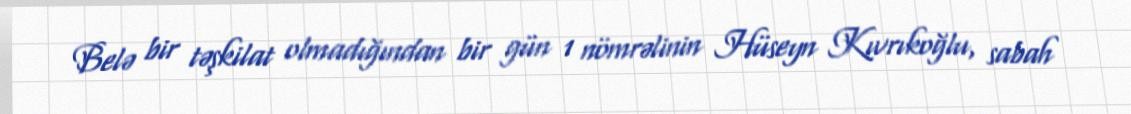
Belə bir təşkilat olmadığından bir gün 1 nömrəlinin Hüseyn Kıvrıkoğlu, sabah